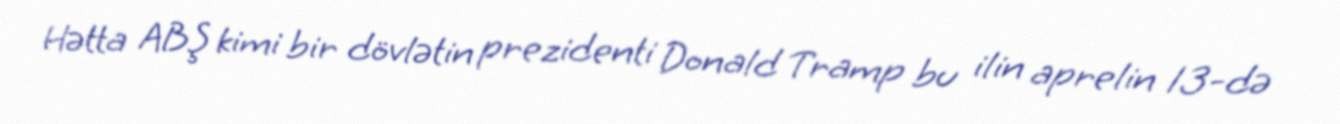
Hətta ABŞ kimi bir dövlətin prezidenti Donald Tramp bu ilin aprelin 13-də